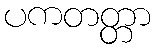
ပကတတ္တာ